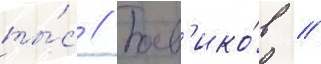
ты́с // Боев'ико́в //